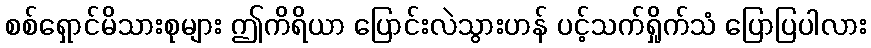
စစ်ရှောင်မိသားစုများ ဤကိရိယာ ပြောင်းလဲသွားဟန် ပင့်သက်ရှိုက်သံ ပြောပြပါလား